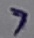
Text: 7